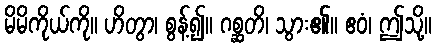
မိမိကိုယ်ကို။ ဟိတွာ၊ စွန့်၍။ ဂစ္ဆတိ၊ သွား၏။ ဧဝံ၊ ဤသို့။